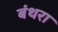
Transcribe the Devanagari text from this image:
बंथरा